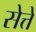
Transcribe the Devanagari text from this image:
सेत्ते